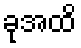
ခုအထိ